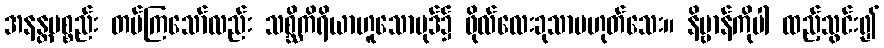
အနန္တပစ္စည်း တပ်ကြသော်လည်း သစ္ဆိကိရိယာဟူသောပုဒ်၌ ဖိုလ်လေးခုသာမဟုတ်သေး။ နိဗ္ဗာန်ကိုပါ ထည့်သွင်း၍